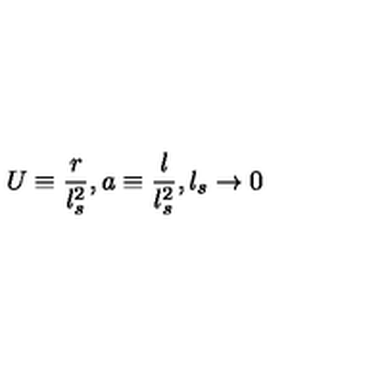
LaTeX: U \equiv \frac { r } { l _ { s } ^ { 2 } } , a \equiv \frac { l } { l _ { s } ^ { 2 } } , l _ { s } \rightarrow 0